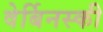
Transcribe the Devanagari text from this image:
वेर्बिनस्की